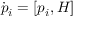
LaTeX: { \dot { p } } _ { i } = [ p _ { i } , H ]